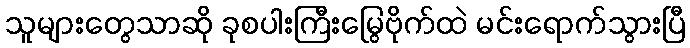
သူများတွေသာဆို ခုစပါးကြီးမြွေဗိုက်ထဲ မင်းရောက်သွားပြီ